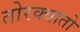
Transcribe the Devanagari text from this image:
तोरक्वातो